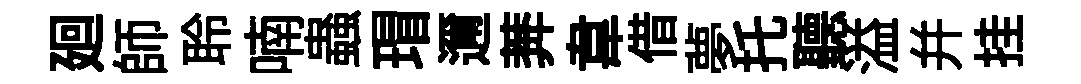
廻師聆喃蟲瑁邇莾韋借夢托聽溢幷挂